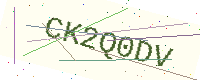
Text: CK2Q0DV